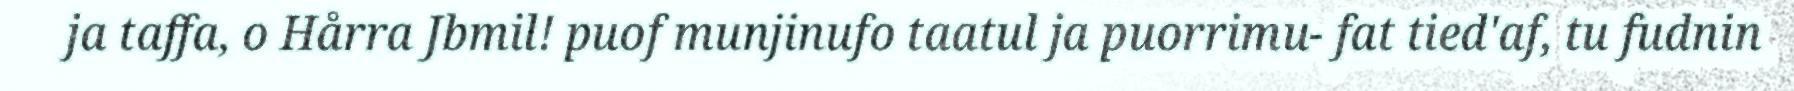
ja taffa, o Hårra Jbmil! puof munjinufo taatul ja puorrimu- fat tied'af, tu fudnin